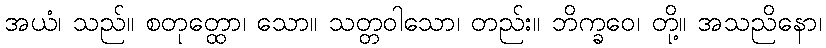
အယံ၊ သည်။ စတုတ္ထော၊ သော။ သတ္တဝါသော၊ တည်း။ ဘိက္ခဝေ၊ တို့။ အသညိနော၊